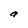
Character: a